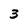
Character: 3